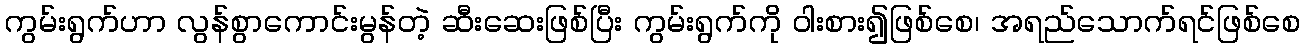
ကွမ်းရွက်ဟာ လွန်စွာကောင်းမွန်တဲ့ ဆီးဆေးဖြစ်ပြီး ကွမ်းရွက်ကို ဝါးစား၍ဖြစ်စေ၊ အရည်သောက်ရင်ဖြစ်စေ